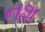
નશ